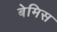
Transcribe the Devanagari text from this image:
बेमिस